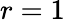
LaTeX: r=1